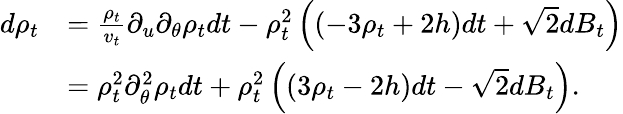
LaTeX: \begin{array}{rl}{d\rho_{t}}&{=\frac{\rho_{t}}{v_{t}}\partial_{u}\partial_{\theta}\rho_{t}dt-\rho_{t}^{2}\left((-3\rho_{t}+2h)dt+\sqrt{2}dB_{t}\right)}\\ &{=\rho_{t}^{2}\partial_{\theta}^{2}\rho_{t}dt+\rho_{t}^{2}\left((3\rho_{t}-2h)dt-\sqrt{2}dB_{t}\right).}\end{array}